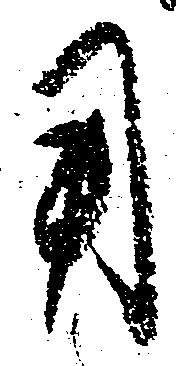
用